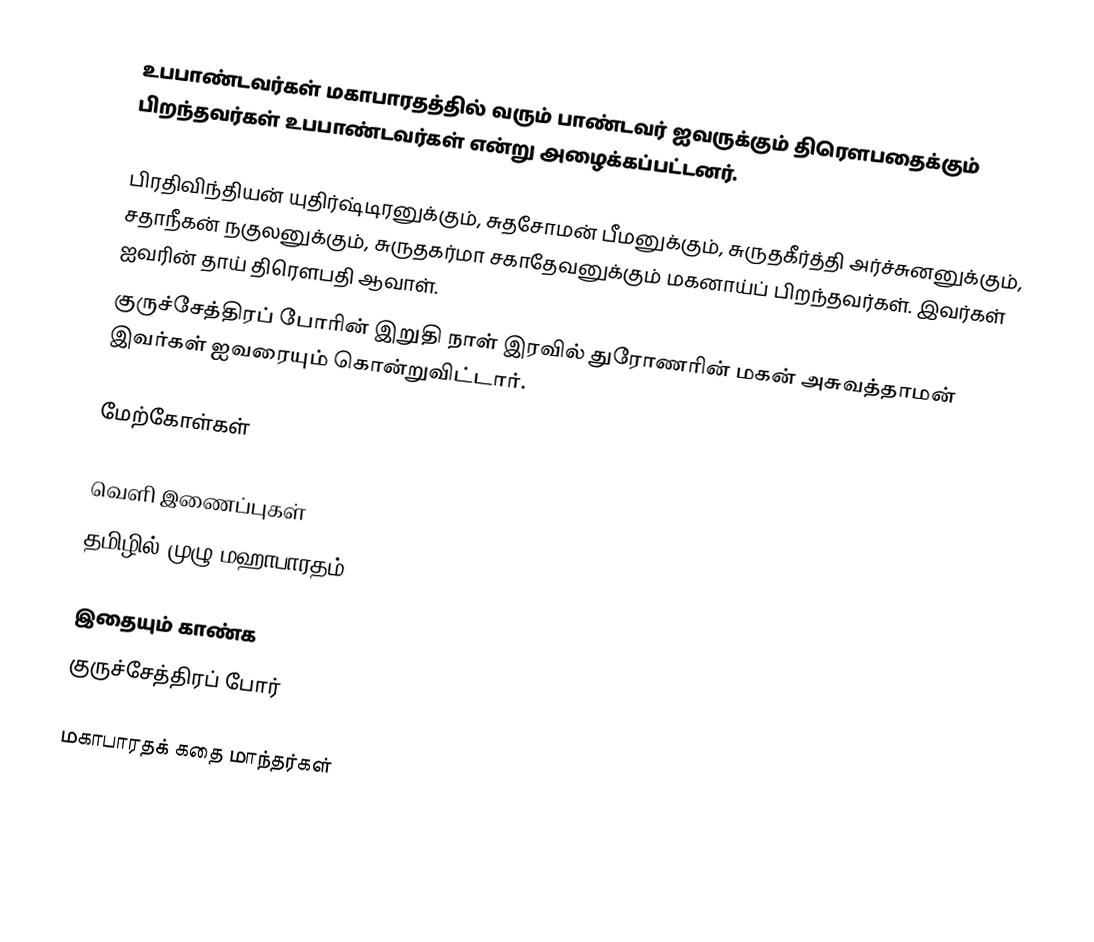
உபபாண்டவர்கள் மகாபாரதத்தில் வரும் பாண்டவர் ஐவருக்கும் திரௌபதைக்கும் பிறந்தவர்கள் உபபாண்டவர்கள் என்று அழைக்கப்பட்டனர்.

பிரதிவிந்தியன் யுதிர்ஷ்டிரனுக்கும், சுதசோமன் பீமனுக்கும், சுருதகீர்த்தி அர்ச்சுனனுக்கும், சதாநீகன் நகுலனுக்கும், சுருதகர்மா சகாதேவனுக்கும் மகனாய்ப் பிறந்தவர்கள். இவர்கள் ஐவரின் தாய் திரௌபதி ஆவாள்.
 குருச்சேத்திரப் போரின் இறுதி நாள் இரவில் துரோணரின் மகன் அசுவத்தாமன் இவர்கள் ஐவரையும் கொன்றுவிட்டார்.

மேற்கோள்கள்

வெளி இணைப்புகள்
 தமிழில் முழு மஹாபாரதம்

இதையும் காண்க
குருச்சேத்திரப் போர்

மகாபாரதக் கதை மாந்தர்கள்